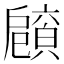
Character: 𢩡